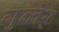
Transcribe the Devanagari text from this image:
गुन्तेर्